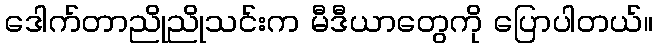
ဒေါက်တာညိုညိုသင်းက မီဒီယာတွေကို ပြောပါတယ်။